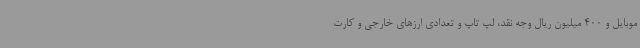
موبایل و 400 میلیون ریال وجه نقد، لپ تاپ و تعدادی ارزهای خارجی و کارت